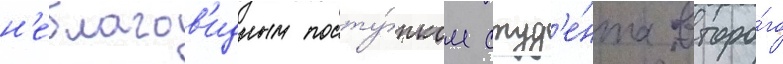
н'еблагов'идным посту́пком студ'е́нта второ́го